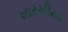
ખારચીયા